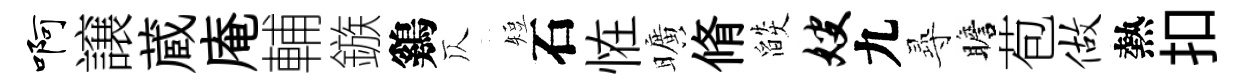
啊譲蔵庵輔鏃鷄仄短石恠曠脩燄嫂九𡬶瞻苞做熱扣